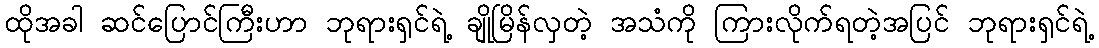
ထိုအခါ ဆင်ပြောင်ကြီးဟာ ဘုရားရှင်ရဲ့ ချိုမြိန်လှတဲ့ အသံကို ကြားလိုက်ရတဲ့အပြင် ဘုရားရှင်ရဲ့